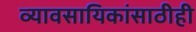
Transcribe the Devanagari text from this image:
व्यावसायिकांसाठीही